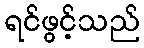
ရင်ဖွင့်သည်